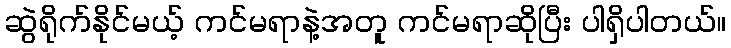
ဆွဲရိုက်နိုင်မယ့် ကင်မရာနဲ့အတူ ကင်မရာဆိုပြီး ပါရှိပါတယ်။